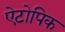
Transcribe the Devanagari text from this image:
ऐटोपिक